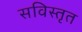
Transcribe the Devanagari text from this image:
सविस्तृत